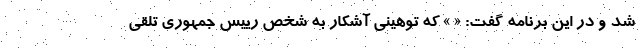
شد و در این برنامه گفت: « » که توهینی آشکار به شخص رییس جمهوری تلقی